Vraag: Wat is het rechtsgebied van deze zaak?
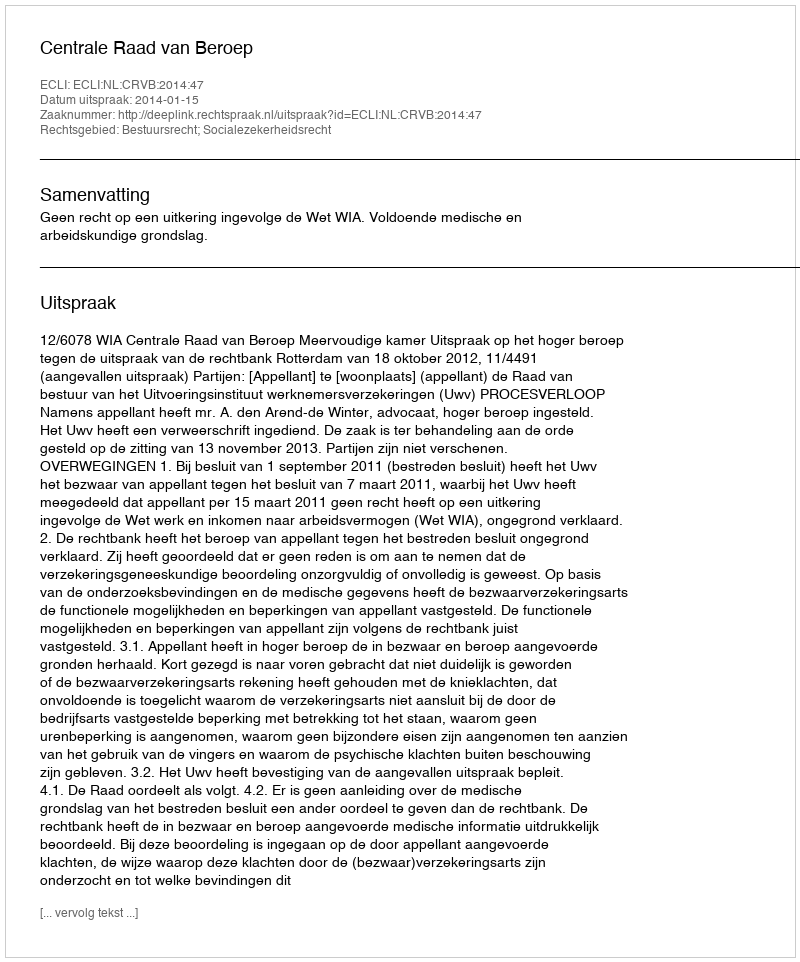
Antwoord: Bestuursrecht; Socialezekerheidsrecht